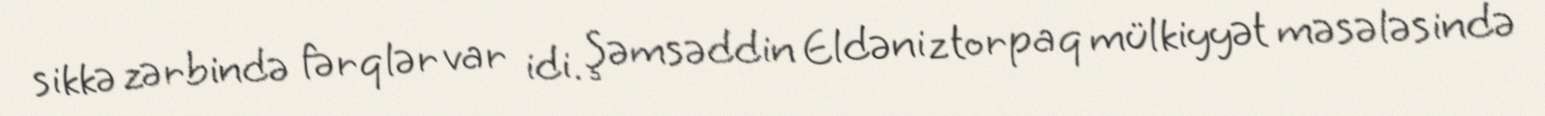
sikkə zərbində fərqlər var idi. Şəmsəddin Eldəniz torpaq mülkiyyət məsələsində